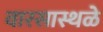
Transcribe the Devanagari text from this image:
वारसास्थळे